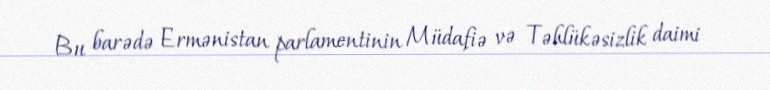
Bu barədə Ermənistan parlamentinin Müdafiə və Təhlükəsizlik daimi